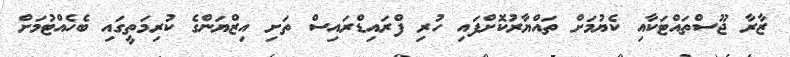
ޒާރާ ޖޫސްތައްޓަކާއި ކެޔުމަށް ތައްޔާރުކޮށްފައި ހުރި ފްރައިޑްރައިސް ތަށި އިޒްޔަންގެ ކުރިމަތީގައި ބެހެއްޓުމަށް